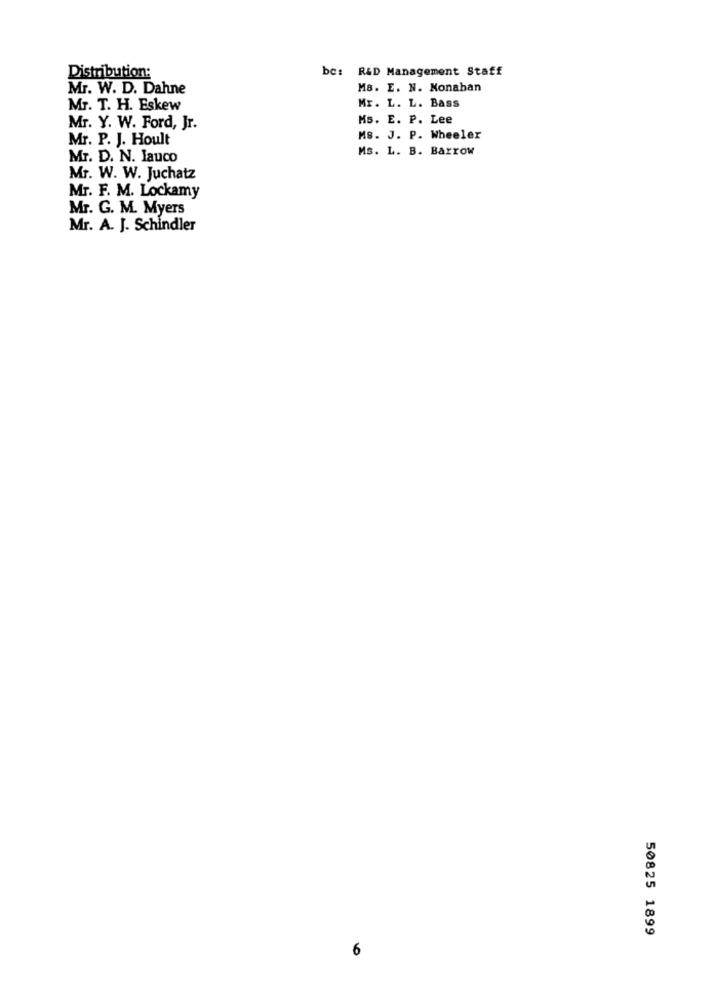
bc: R&D Management Staff
Distribution:
Mr. W. D. Dahne
Ms. E. N. Nonaban
Mr. T. H. Eskew
Mr. L. L. Bass
Ms. E. P. Lee
Mr. Y. W. Ford, Jr.
Mr. P. J. Hoult
MS. J. P. Wheeler
Ms. L. B. Barrow
Mr. D. N. lauco
Mr. W. W. Juchatz
Mr. F. M. Lockamy
Mr. G. M. Myers
Mr. A. J. Schindler
50825 1899
6